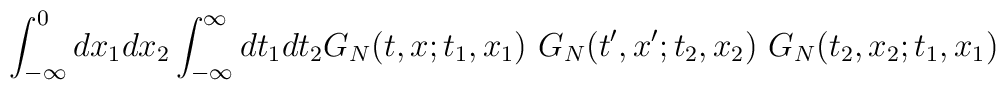
\int_{-\infty}^{0} d x_1  d x_2 \int_{-\infty}^{\infty} d t_1 d t_2 G_N (t,x;t_1,x_1) ~ G_N (t',x';t_2,x_2) ~ G_N (t_2,x_2;t_1,x_1)